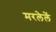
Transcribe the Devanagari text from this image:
मरलेलें